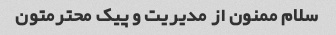
سلام ممنون از مدیریت و پیک محترمتون